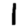
Digit: 1